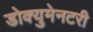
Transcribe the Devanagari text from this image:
डोक्युमेनटरी